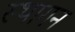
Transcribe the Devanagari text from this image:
स्थागन